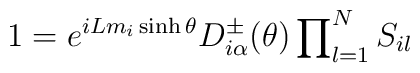
1=e^{iLm_{i}\sinh \theta }D_{i\alpha }^{\pm }(\theta)\prod\nolimits_{l=1}^{N}S_{il}